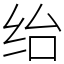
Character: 绐